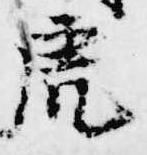
虎